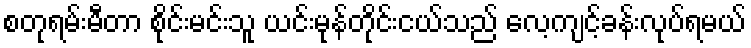
စတုရမ်းမီတာ စိုင်းမင်းသူ ယင်းမုန်တိုင်းငယ်သည် လေ့ကျင့်ခန်းလုပ်ရမယ်